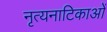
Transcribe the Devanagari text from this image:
नृत्यनाटिकाओं